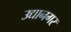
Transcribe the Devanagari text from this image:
उद्यानगर